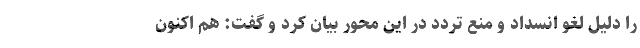
را دلیل لغو انسداد و منع تردد در این محور بیان کرد و گفت: هم اکنون